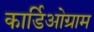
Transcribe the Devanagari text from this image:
कार्डिओग्राम